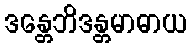
ဒန္တေဘိဒန္တမာဓာယ